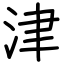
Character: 津